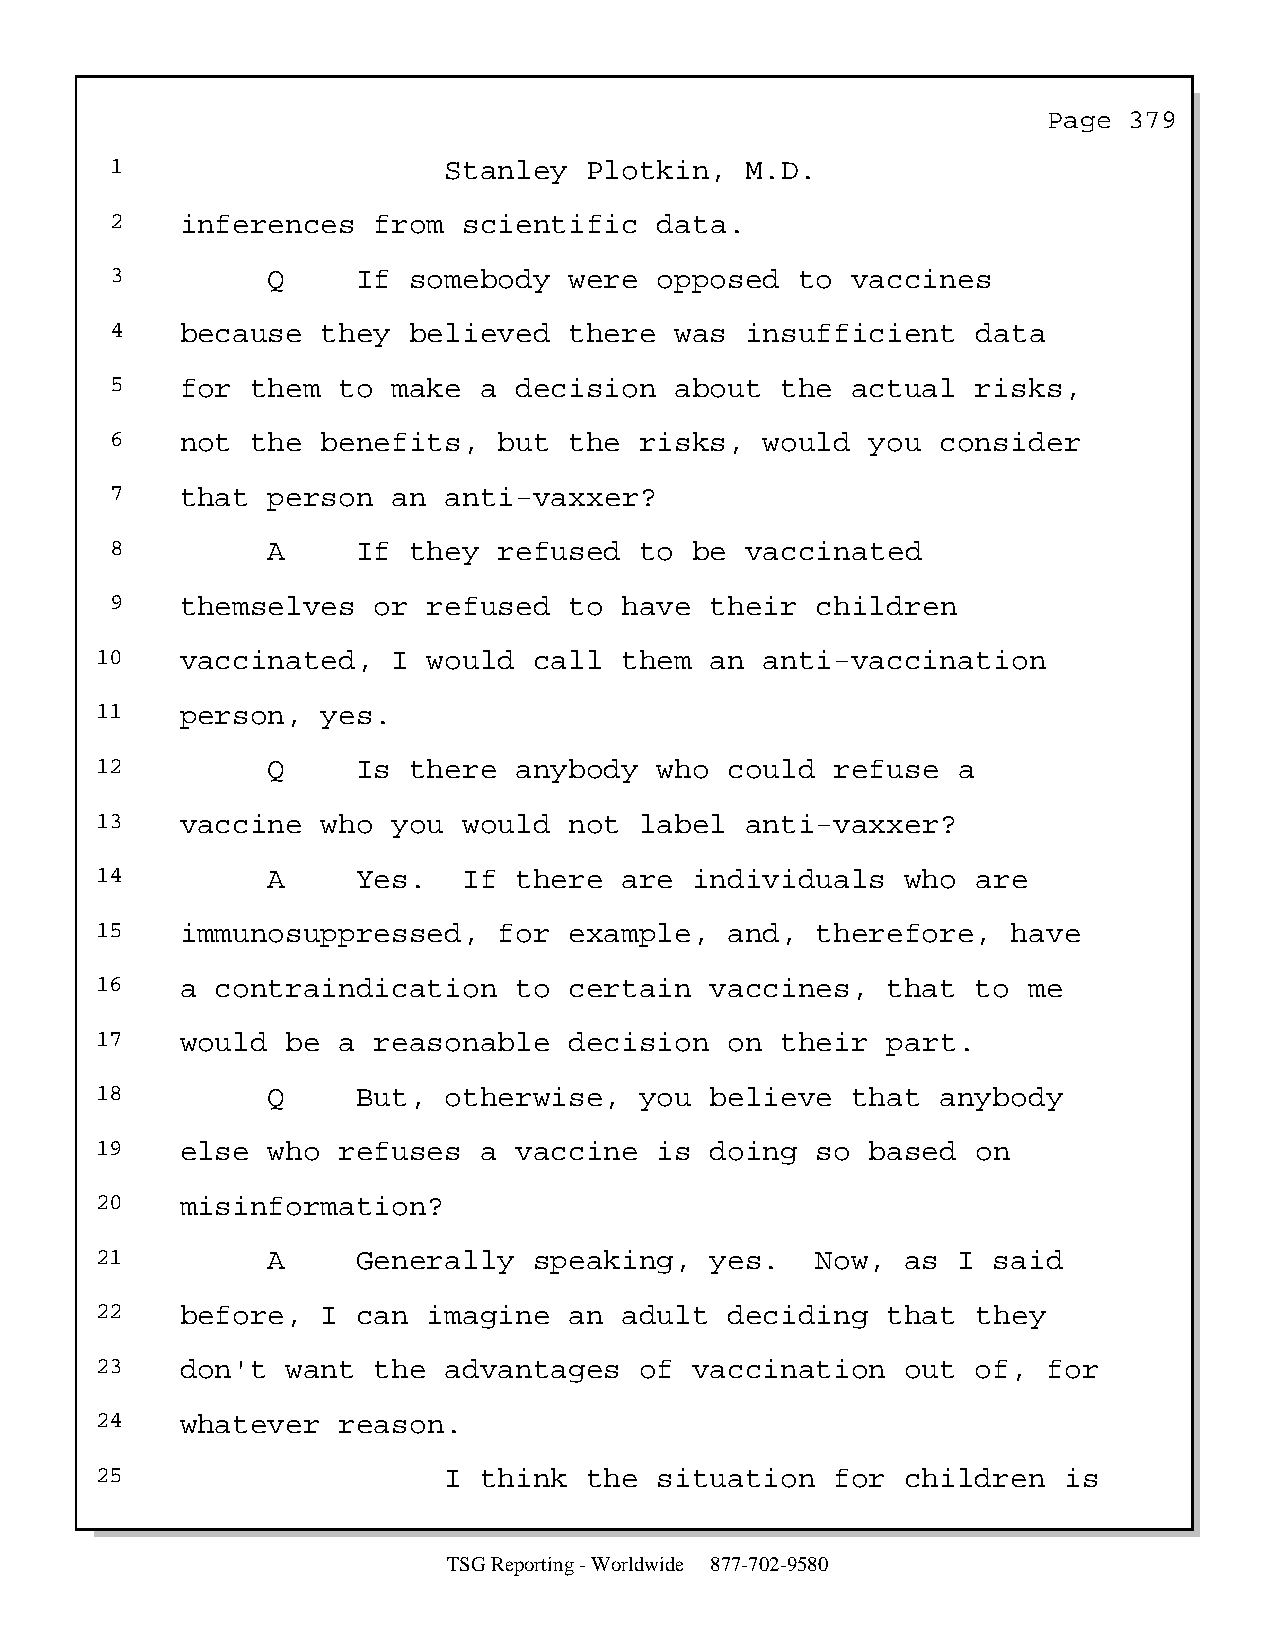
Page  379
 1                     Stanley   Plotkin,  M.D.
 2    inferences   from  scientific   data.
 3          Q     If somebody   were  opposed  to vaccines
 4    because  they  believed   there  was insufficient    data
 5    for  them to  make  a decision   about  the actual   risks,
 6    not  the benefits,   but  the risks,   would  you consider
 7    that  person  an anti-vaxxer?
 8          A     If they  refused  to  be vaccinated
 9    themselves   or refused   to have  their  children
 10    vaccinated,   I would  call  them  an  anti-vaccination
 11    person,  yes.
 12          Q     Is there  anybody   who could  refuse  a
 13    vaccine  who  you  would  not label  anti-vaxxer?
 14          A     Yes.   If there  are  individuals   who  are
 15    immunosuppressed,    for  example,  and,  therefore,   have
 16    a contraindication    to  certain  vaccines,   that  to me
 17    would  be a  reasonable   decision  on  their  part.
 18          Q     But, otherwise,   you  believe  that  anybody
 19    else  who refuses   a vaccine   is doing  so  based  on
 20    misinformation?
 21          A     Generally  speaking,   yes.   Now,  as I  said
 22    before,  I  can imagine   an adult  deciding   that  they
 23    don't  want  the advantages   of  vaccination   out  of, for
 24    whatever  reason.
 25                     I  think  the  situation  for  children  is
 TSG Reporting - Worldwide 877-702-9580